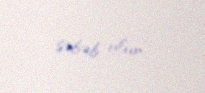
səbəb olur”.